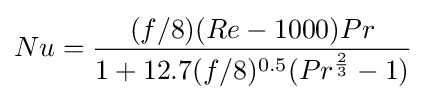
Nu={\frac {(f/8)(Re-1000)Pr}{1+12.7(f/8)^{0.5}(Pr^{\frac {2}{3}}-1)}}